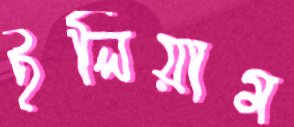
ইলিয়াম